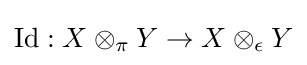
\operatorname {Id} :X\otimes _{\pi }Y\to X\otimes _{\epsilon }Y